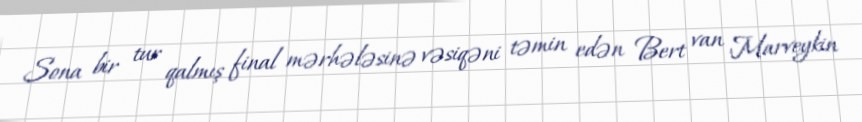
Sona bir tur qalmış final mərhələsinə vəsiqəni təmin edən Bert van Marveykin